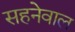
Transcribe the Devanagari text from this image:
सहनेवाल